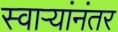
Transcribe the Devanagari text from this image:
स्वाऱ्यांनंतर